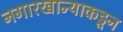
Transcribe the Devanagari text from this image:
नगारखान्याकडून